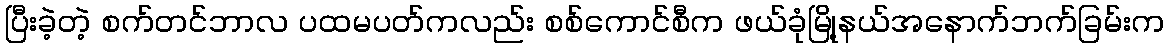
ပြီးခဲ့တဲ့ စက်တင်ဘာလ ပထမပတ်ကလည်း စစ်ကောင်စီက ဖယ်ခုံမြို့နယ်အနောက်ဘက်ခြမ်းက